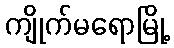
ကျိုက်မရောမြို့